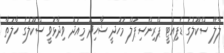
ލާލޭ ސްކޫލުގެ ޑެޕިއުޓީ ޕްރިންސިޕަލް މަހުދީ ޝާހިދު މިއަދު ވިދާޅުވީ ސްކޫލުގެ ހާލަތާ